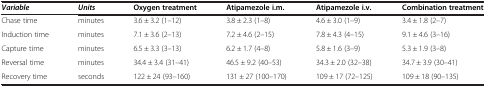
| Variable | Units | Oxygen treatment | Atipamezole i.m. | Atipamezole i.v. | Combination treatment |
 | --- | --- | --- | --- | --- | --- |
 | Chase time | minutes | 3.6 ± 3.2 (1–12) | 3.8 ± 2.3 (1–8) | 4.6 ± 3.0 (1–9) | 3.4 ± 1.8 (2–7) |
 | Induction time | minutes | 7.1 ± 3.6 (2–13) | 7.2 ± 4.6 (2–15) | 7.8 ± 4.3 (4–15) | 9.1 ± 4.6 (3–16) |
 | Capture time | minutes | 6.5 ± 3.3 (3–13) | 6.2 ± 1.7 (4–8) | 5.8 ± 1.6 (3–9) | 5.3 ± 1.9 (3–8) |
 | Reversal time | minutes | 34.4 ± 3.4 (31–41) | 46.5 ± 9.2 (40–53) | 34.3 ± 2.0 (32–38) | 34.7 ± 3.9 (30–41) |
 | Recovery time | seconds | 122 ± 24 (93–160) | 131 ± 27 (100–170) | 109 ± 17 (72–125) | 109 ± 18 (90–135) |